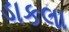
ડાકલા